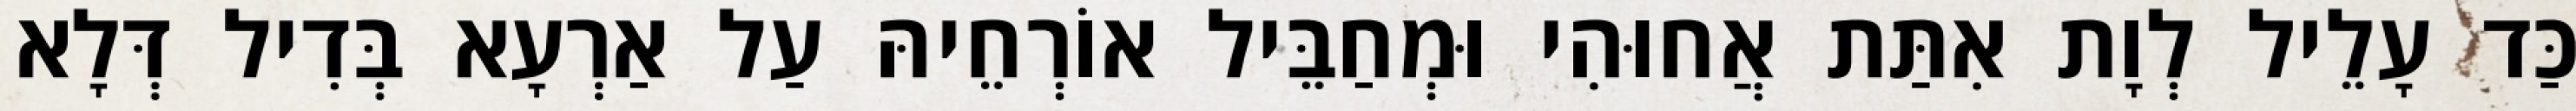
כַּד עָלֵיל לְוָת אִתַּת אֲחוּהִי וּמְחַבֵּיל אוֹרְחֵיהּ עַל אַרְעָא בְּדִיל דְּלָא